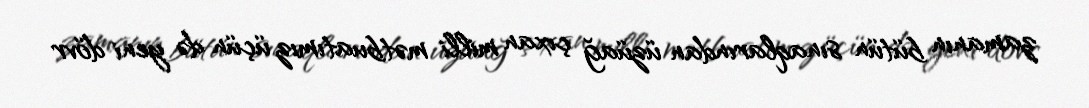
zamanın bütün sınaqlarından üzüağ çıxan milli mətbuatımız üçün də yeni dövr